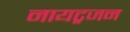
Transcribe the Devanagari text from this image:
नायट्रजन